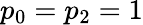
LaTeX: p_{0}=p_{2}=1